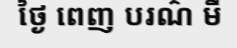
ថ្ងៃ ពេញ បរណ៌ មី